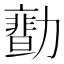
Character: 𠢻